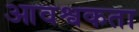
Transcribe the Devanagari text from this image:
आवश्वकता